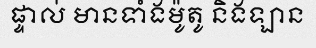
ផ្ទាល់ មានទាំងម៉ូតូ និងឡាន